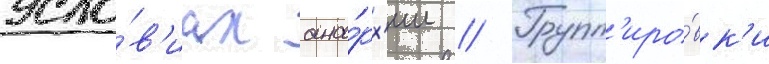
усло́в'иах ана́рх'ии // Групп'иро́вк'и